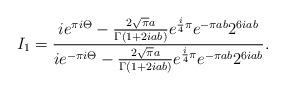
LaTeX: \begin{align*} I_1=\frac{i{e}^{\pi i\Theta}-\frac{2\sqrt{\pi}a}{\Gamma(1+2iab)}{e}^{\frac{i}{4}\pi}{e}^{-\pi ab}2^{6iab}}{i{e}^{-\pi i\Theta}-\frac{2\sqrt{\pi}a}{\Gamma(1+2iab)}{e}^{\frac{i}{4}\pi}{e}^{-\pi ab}2^{6iab}}.\end{align*}